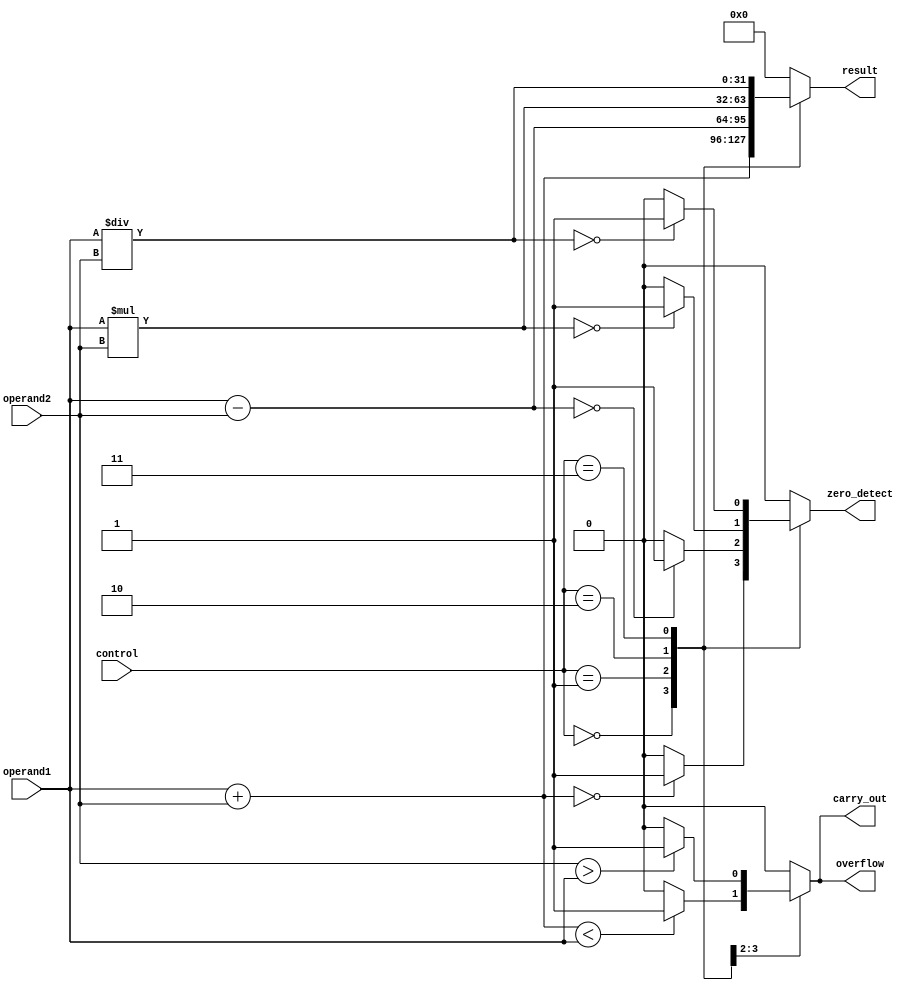
module ALU (
    input [31:0] operand1,
    input [31:0] operand2,
    input [2:0] control,
    output reg [31:0] result,
    output reg carry_out,
    output reg overflow,
    output reg zero_detect
);

reg [31:0] add_result, sub_result, mul_result, div_result;

always @(*) begin
    carry_out = 0;
    overflow = 0;
    zero_detect = 0;

    case(control)
        3'b000: begin // Addition
            add_result = operand1 + operand2;
            result = add_result;
            if(add_result < operand1) begin
                carry_out = 1;
                overflow = 1;
            end
            if(add_result == 0) zero_detect = 1;
        end

        3'b001: begin // Subtraction
            sub_result = operand1 - operand2;
            result = sub_result;
            if(operand2 > operand1) begin
                carry_out = 1;
                overflow = 1;
            end
            if(sub_result == 0) zero_detect = 1;
        end

        3'b010: begin // Multiplication
            mul_result = operand1 * operand2;
            result = mul_result;
            if(mul_result != (operand1 * operand2)) begin
                carry_out = 1;
                overflow = 1;
            end
            if(mul_result == 0) zero_detect = 1;
        end

        3'b011: begin // Division
            div_result = operand1 / operand2;
            result = div_result;
            if(div_result != (operand1 / operand2)) begin
                carry_out = 1;
                overflow = 1;
            end
            if(div_result == 0) zero_detect = 1;
        end

        default: begin
            result = 32'b0;
        end
    endcase
end

endmodule